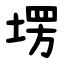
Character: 塄